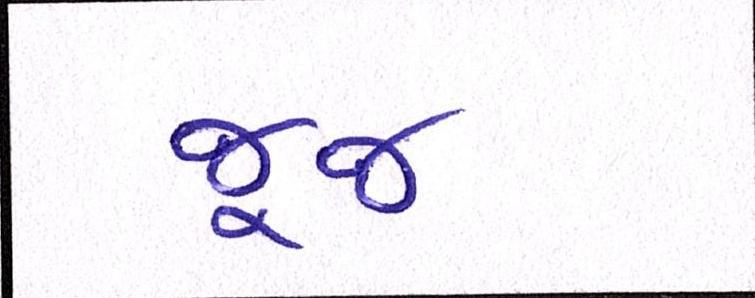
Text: જૂજ